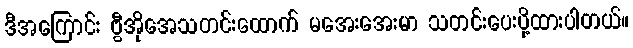
ဒီအကြောင်း ဗွီအိုအေသတင်းထောက် မအေးအေးမာ သတင်းပေးပို့ထားပါတယ်။